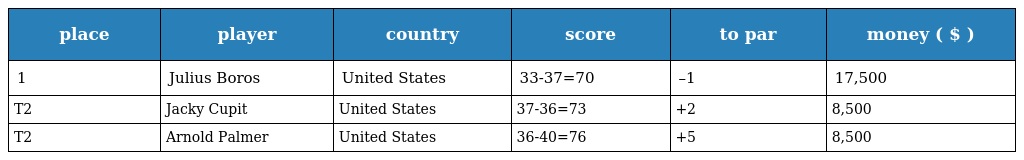
| place | player | country | score | to par | money ( $ ) |
 | --- | --- | --- | --- | --- | --- |
 | 1 | Julius Boros | United States | 33-37=70 | –1 | 17,500 |
 | T2 | Jacky Cupit | United States | 37-36=73 | +2 | 8,500 |
 | T2 | Arnold Palmer | United States | 36-40=76 | +5 | 8,500 |